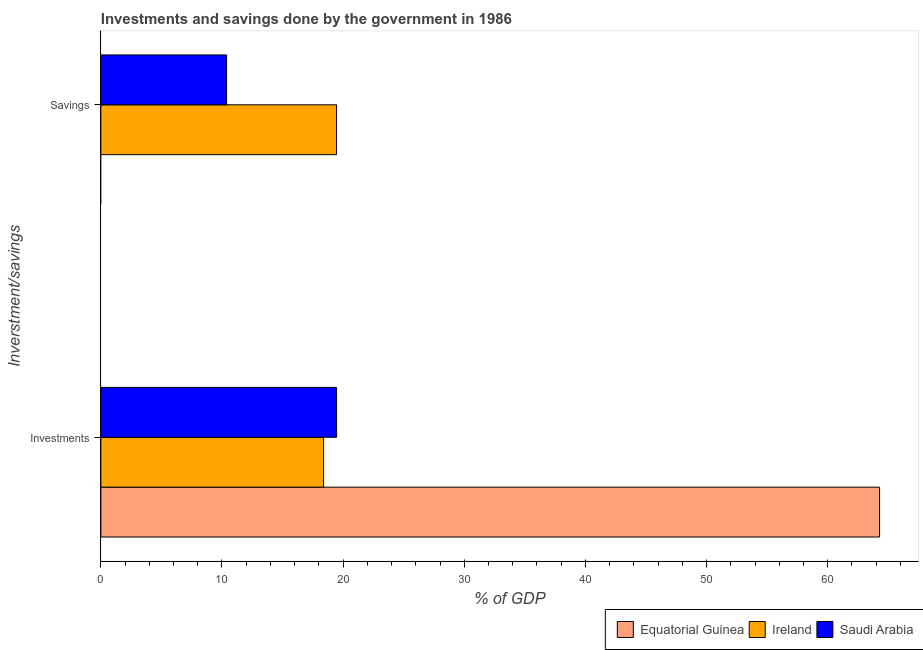
| Inverstment/savings | Equatorial Guinea | Ireland | Saudi Arabia |
 | --- | --- | --- | --- |
 | Investments | 64.3 | 18.4 | 19.5 |
 | Savings | -42.2 | 19.5 | 10.4 |